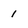
Character: i